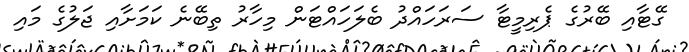
ގޭޓާއި ބޭރުގެ ޕެރިމީޓާ ސަރަހައްދު ބެލަހައްޓަން މިހާރު ތިބޭނެ ކަމަށާއި ޖަލުގެ މައި